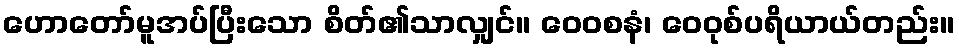
ဟောတော်မူအပ်ပြီးသော စိတ်၏သာလျှင်။ ဝေဝစနံ၊ ဝေဝုစ်ပရိယာယ်တည်း။